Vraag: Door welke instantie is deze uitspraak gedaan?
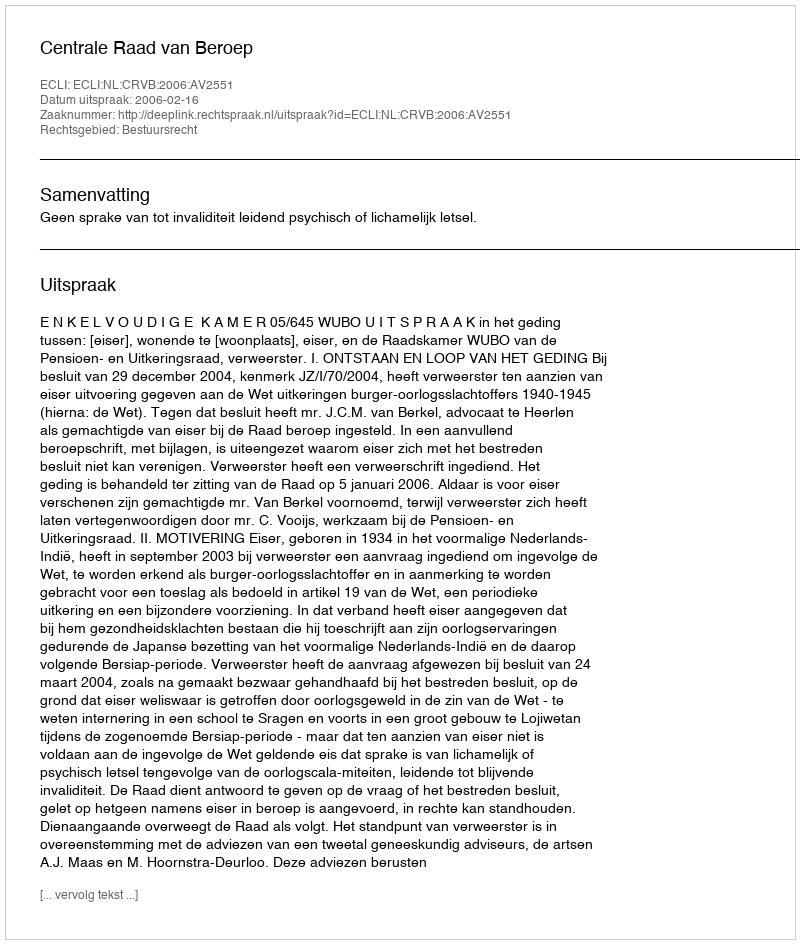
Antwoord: Centrale Raad van Beroep